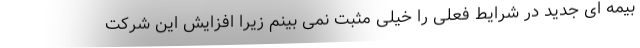
بیمه ای جدید در شرایط فعلی را خیلی مثبت نمی بینم زیرا افزایش این شرکت